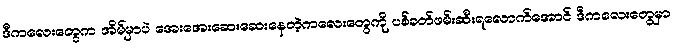
ဒီကလေးတွေက အိမ်မှာပဲ အေးအေးဆေးဆေးနေတဲ့ကလေးတွေကို ပစ်ခတ်ဖမ်းဆီးရလောက်အောင် ဒီကလေးတွေမှာ